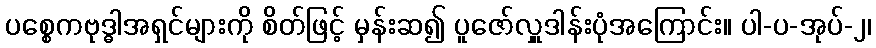
ပစ္စေကဗုဒ္ဓါအရှင်များကို စိတ်ဖြင့် မှန်းဆ၍ ပူဇော်လှူဒါန်းပုံအကြောင်း။ ပါ-ပ-အုပ်-၂၊